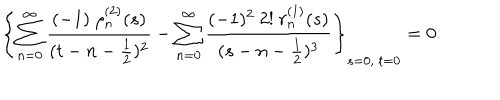
\left\{ \sum _ { n = 0 } ^ { \infty } \frac { ( - 1 ) \ \rho _ { n } ^ { ( 2 ) } ( s ) } { ( t - n - \frac { 1 } { 2 } ) ^ { 2 } } - \sum _ { n = 0 } ^ { \infty } \frac { ( - 1 ) ^ { 2 } \ 2 ! \ r _ { n } ^ { ( 1 ) } ( s ) } { ( s - n - \frac { 1 } { 2 } ) ^ { 3 } } \right\} _ { s = 0 , \ t = 0 } = 0 .